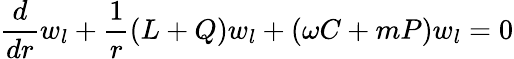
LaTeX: \frac{d}{dr}w_{l}+\frac{1}{r}(L+Q)w_{l}+(\omega C+mP)w_{l}=0